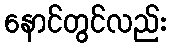
နောင်တွင်လည်း